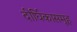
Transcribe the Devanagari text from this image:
दीर्घिकासमूह